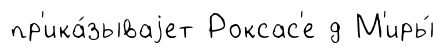
пр'ика́зываjет Роксас'е д М'иры́